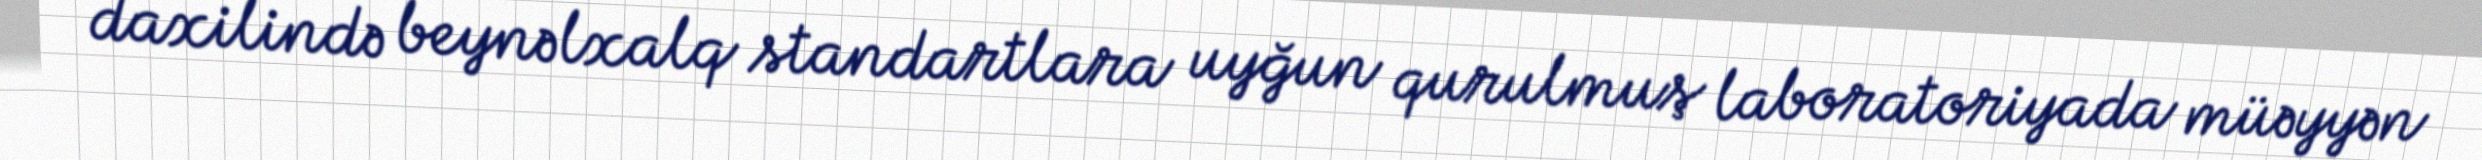
daxilində beynəlxalq standartlara uyğun qurulmuş laboratoriyada müəyyən